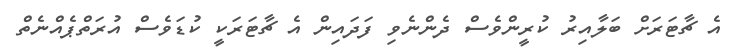
އެ ޗާޓަރަށް ބަލާއިރު ކުރީންވެސް ދެންނެވި ފަދައިން އެ ޗާޓަރަކީ ކުޑަވެސް އުރަތްޕެއްނެތް